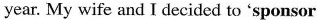
year. My wife and I decided to'splnsor